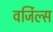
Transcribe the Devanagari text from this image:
वर्जिल्स